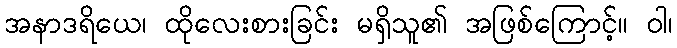
အနာဒရိယေ၊ ထိုလေးစားခြင်း မရှိသူ၏ အဖြစ်ကြောင့်။ ဝါ၊